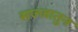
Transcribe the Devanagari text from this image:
सज्जातुन